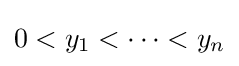
0<y_{1}<\cdots <y_{n}